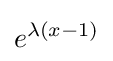
e^{\lambda (x-1)}